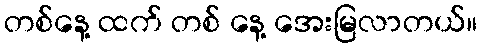
တစ်နေ့ ထက် တစ် နေ့ အေးမြလာတယ်။